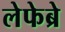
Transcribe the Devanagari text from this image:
लेफेब्रे